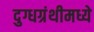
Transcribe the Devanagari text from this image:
दुग्धग्रंथीमध्ये